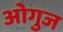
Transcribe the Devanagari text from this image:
ओगुज